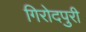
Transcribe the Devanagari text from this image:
गिरोदपुरी